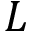
L